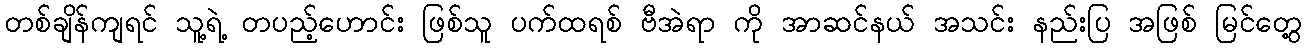
တစ်ချိန်ကျရင် သူ့ရဲ့ တပည့်ဟောင်း ဖြစ်သူ ပက်ထရစ် ဗီအဲရာ ကို အာဆင်နယ် အသင်း နည်းပြ အဖြစ် မြင်တွေ့